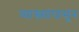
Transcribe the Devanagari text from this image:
व्याख्यांपासून